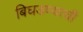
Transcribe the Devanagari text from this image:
बिघडण्याची